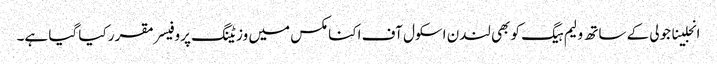
انجلینا جولی کے ساتھ ولیم ہیگ کو بھی لندن اسکول آف اکنامکس میں وزیٹنگ پروفیسر مقرر کیا گیا ہے۔